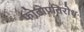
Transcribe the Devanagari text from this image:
फोटोप्रतिरोध